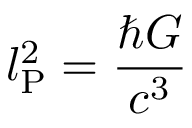
l _ { \mathrm { P } } ^ { 2 } = { \frac { \hbar G } { c ^ { 3 } } }